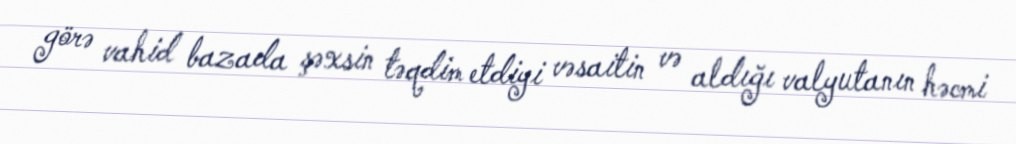
görə vahid bazada şəxsin təqdim etdiyi vəsaitin və aldığı valyutanın həcmi